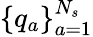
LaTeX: \{ q_{a}\} _{a=1}^{N_{s}}